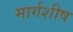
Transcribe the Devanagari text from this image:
मार्गशीष